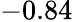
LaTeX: -0.84